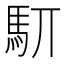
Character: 䭶